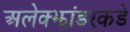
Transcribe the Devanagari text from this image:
अलेक्झांडरकडे